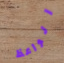
الواعظ